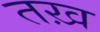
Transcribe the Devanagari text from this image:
तख़